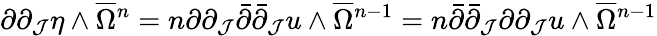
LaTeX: \partial\partial_{\mathcal{J}}\eta\wedge\overline{{{\Omega}}}{\mathstrut}^{n}=n\partial\partial_{\mathcal{J}}\bar{{\partial}}\bar{{\partial}}_{\mathcal{J}}u\wedge\overline{{{\Omega}}}{\mathstrut}^{n-1}=n\bar{{\partial}}\bar{{\partial}}_{\mathcal{J}}\partial\partial_{\mathcal{J}}u\wedge\overline{{{\Omega}}}{\mathstrut}^{n-1}